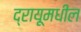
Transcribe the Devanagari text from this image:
द्रायूमधील